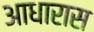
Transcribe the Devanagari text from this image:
आधारास